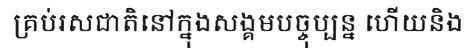
គ្រប់រសជាតិនៅក្នុងសង្គមបច្ចុប្បន្ន ហើយនិង